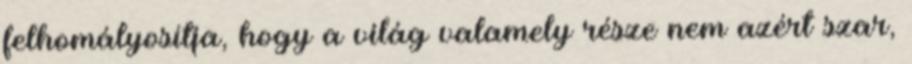
felhomályosítja, hogy a világ valamely része nem azért szar,